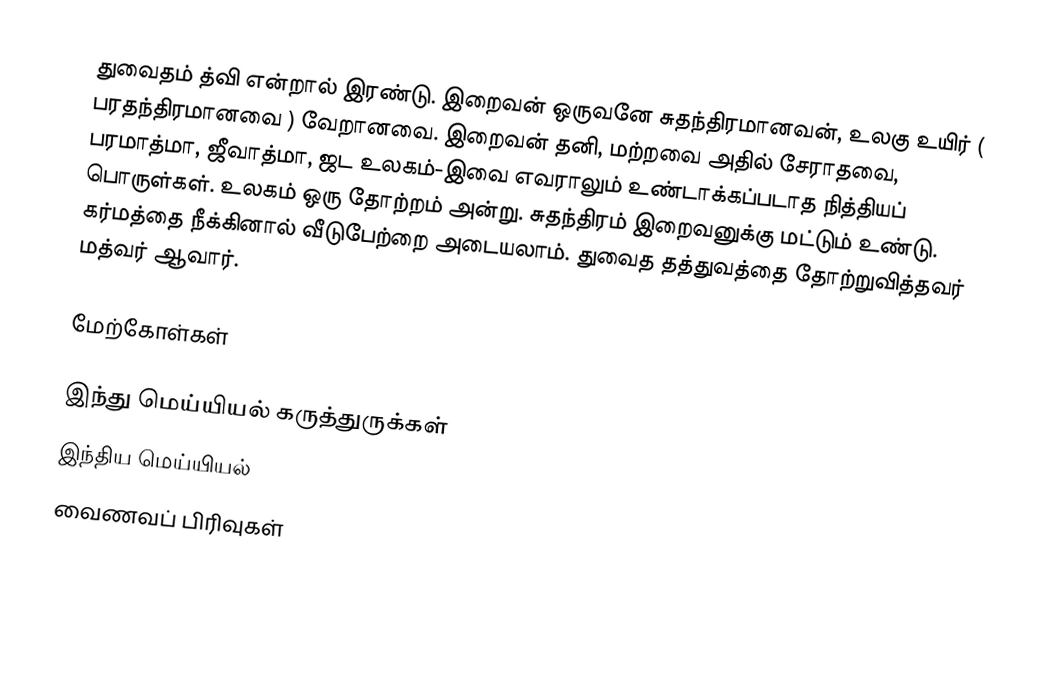
துவைதம் த்வி என்றால் இரண்டு. இறைவன் ஒருவனே சுதந்திரமானவன், உலகு உயிர் ( பரதந்திரமானவை ) வேறானவை. இறைவன் தனி, மற்றவை அதில் சேராதவை, பரமாத்மா, ஜீவாத்மா, ஜட உலகம்-இவை எவராலும் உண்டாக்கப்படாத நித்தியப் பொருள்கள். உலகம் ஒரு தோற்றம் அன்று. சுதந்திரம் இறைவனுக்கு மட்டும் உண்டு. கர்மத்தை நீக்கினால் வீடுபேற்றை அடையலாம். துவைத தத்துவத்தை தோற்றுவித்தவர் மத்வர் ஆவார்.

மேற்கோள்கள்

இந்து மெய்யியல் கருத்துருக்கள்
இந்திய மெய்யியல்
வைணவப் பிரிவுகள்